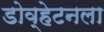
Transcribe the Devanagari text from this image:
डोव्हेटनला